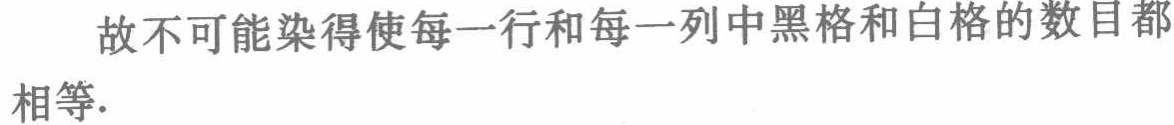
故不可能染得使每一行和每一列中黑格和白格的数目都相等.